Source: Computer-generated
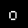
Digit: ၀ (0)